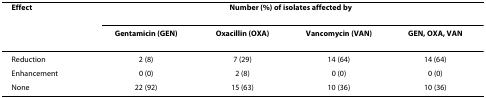
<table><thead><tr><td><b>Effect</b></td><td colspan="4"><b>Number (%) of isolates affected by</b></td></tr><tr><td></td><td><b>Gentamicin (GEN)</b></td><td><b>Oxacillin (OXA)</b></td><td><b>Vancomycin (VAN)</b></td><td><b>GEN, OXA, VAN</b></td></tr></thead><tbody><tr><td>Reduction</td><td>2 (8)</td><td>7 (29)</td><td>14 (64)</td><td>14 (64)</td></tr><tr><td>Enhancement</td><td>0 (0)</td><td>2 (8)</td><td>0 (0)</td><td>0 (0)</td></tr><tr><td>None</td><td>22 (92)</td><td>15 (63)</td><td>10 (36)</td><td>10 (36)</td></tr></tbody></table>